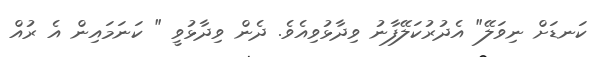
ކަނޑަށް ނިވަލޭ" އެދުރުކަލޭފާނު ވިދާޅުވިއެވެ. ދެން ވިދާޅުވީ " ކަނަމައިން އެ ރުއް